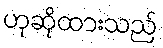
ဟုဆိုထားသည်